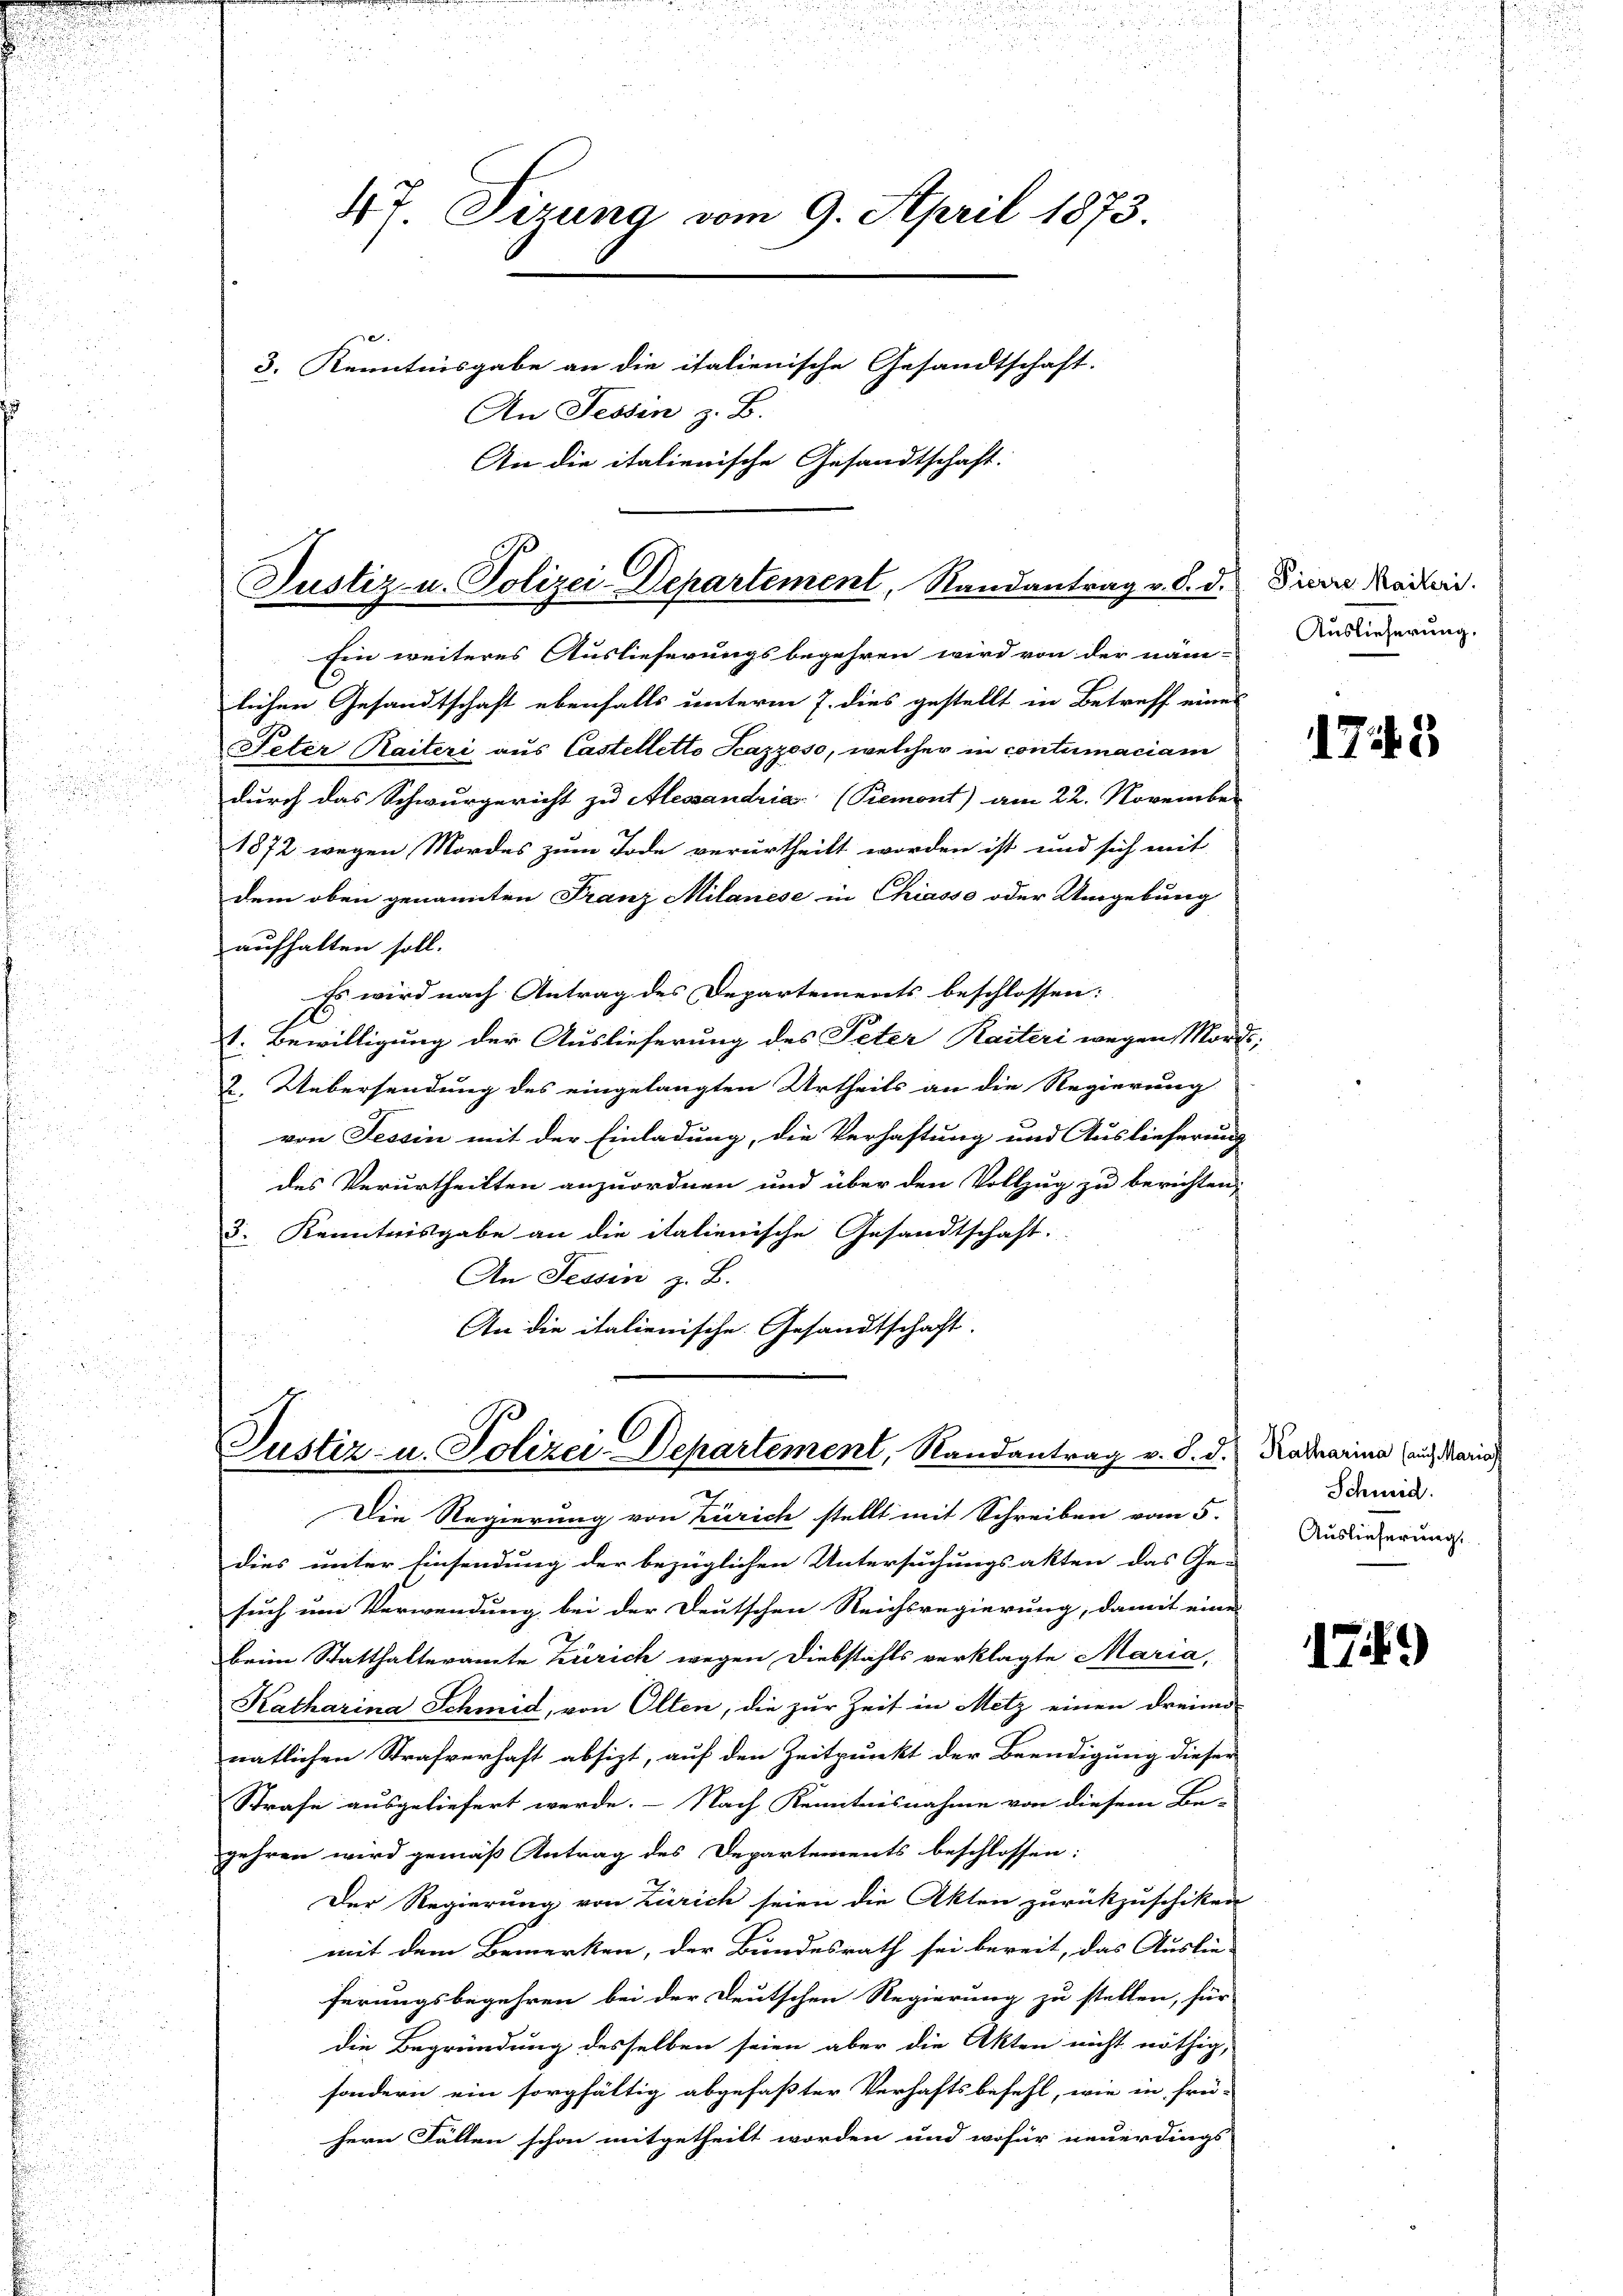
47. Sizung vom 9. April 1873.
3. Kenntnisgabe an die italienische Gesandtschaft.
An Fessen z. B.
An die italienische Gesandtschaft:

Justiz- u. Polizei-Departement, Randantrag v. 8. d.

Ein weiteres Auslieferungsbegehren wird von der näm-
lichen Gesandtschaft ebenfalls unterm 7. dies gestellt in Betreff eines
Peter Raiteri aus Castelletto Scazzoso, welcher in contumaciam
durch das Schwurgericht zu Alessandria (Piemont) am 22. November
1872 wegen Mordes zum Tode verurtheilt worden ist und sich mit
dem oben genannten Franz Milanese in Chiasso oder Umgebung
aufhalten soll.
Es wird nach Antrag des Departements beschlossen:
.
t. Bewilligung der Auslieferung des Peter Raiteri wegen Mord,
2. Uebersendung des eingelangten Urtheils an die Regierung
von Tessin mit der Einladung, die Verhaftung und Auslieferung
des Verurtheilten anzuordnen und über den Vollzug zu berichten,
3. Kenntnisgabe an die italienische Gesandtschaft.
An Tessin z. B.
An die italienische Gesandtschaft.

Justiz- u. Polizei-Departement, Randantrag v. 8. d.

Die Regierung von Zürich stellt mit Schreiben vom 5.
dies unter Einsendung der bezüglichen Untersuchungsakten das Ge-
such um Verwendung bei der Deutschen Reichsregierung, damit eine
beim Statthalteramte Zürich wegen Diebstahls verklagte Maria,
Katharina Schmid, von Olten, die zur Zeit in Metz einen dreima
natlichen Strafverhaft absizt, auf den Zeitpunkt der Beendigung dieser
Strafe ausgeliefert werde. - Nach Kenntnisnahme von diesem Be-
gehren wird gemäß Antrag des Departements beschlossen:
Der Regierung von Zürich seien die Akten zurückzuschiken
mit dem Bemerken, der Bundesrath sei bereit, das Auslie-
ferungsbegehren bei der Deutschen Regierung zu stellen, für
die Begründung desselben seien aber die Akten nicht nöthig,
sondern ein sorgfältig abgefaßter Verhaftsbefehl, wie in frü-
hern Fällen schon mitgetheilt worden und wofür neuerdings

Pierre Kaiseri
Auslieferung.

1743.

Katharina (auch Maria,
Schmid.
Auslieferung

17.)